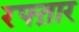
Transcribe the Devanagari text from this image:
रफ्त़ार